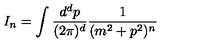
I _ { n } = \int \frac { d ^ { d } p } { ( 2 \pi ) ^ { d } } \frac { 1 } { ( m ^ { 2 } + p ^ { 2 } ) ^ { n } }